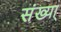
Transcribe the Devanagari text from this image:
संख्या्